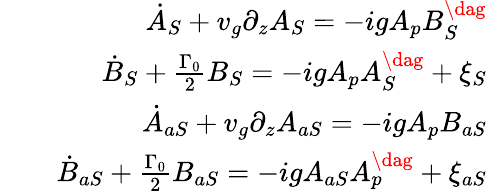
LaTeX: \begin{array}{rlr}&{}&{\dot{A}_{S}+v_{g}\partial_{z}A_{S}=-igA_{p}B_{S}^{\dag}}\\ &{}&{\dot{B}_{S}+\frac{\Gamma_{0}}{2}B_{S}=-igA_{p}A_{S}^{\dag}+\xi_{S}}\\ &{}&{\dot{A}_{aS}+v_{g}\partial_{z}A_{aS}=-igA_{p}B_{aS}}\\ &{}&{\dot{B}_{aS}+\frac{\Gamma_{0}}{2}B_{aS}=-igA_{aS}A_{p}^{\dag}+\xi_{aS}}\end{array}